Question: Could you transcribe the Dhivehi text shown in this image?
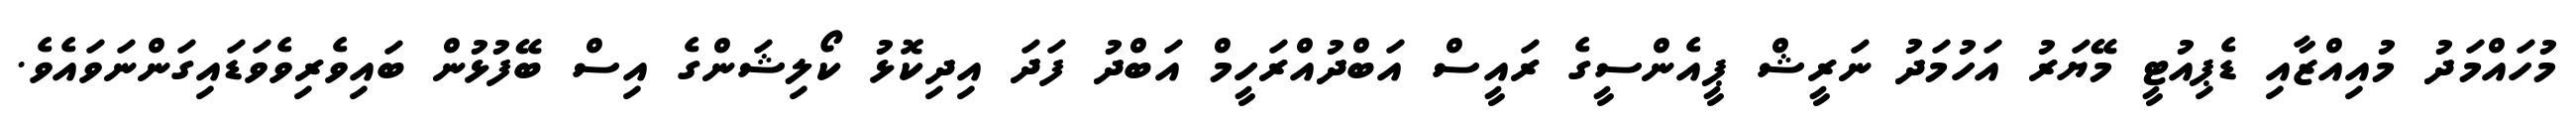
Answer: މުހައްމަދު މުއިއްޒާއި ޑެޕިއުޓީ މޭޔަރު އަހުމަދު ނަރީޝް ޕީއެންސީގެ ރައީސް އަބްދުއްރަހީމް އަބްދު ފަދަ އިދިކޮޅު ކޯލިޝަންގެ އިސް ބޭފުޅުން ބައިވެރިވެވަޑައިގަންނަވައެވެ.